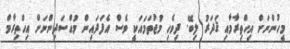
މީހުންނަށް އިހްތިރާމާއި ޤަދަރު ލިބޭ. ދިވެހި މުޖުތަމައަކީ ވެސް އެފަދައިން މުއްސަދިންނަށް އިހްތިރާމް